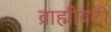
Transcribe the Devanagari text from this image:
ब्राह्मीवटी